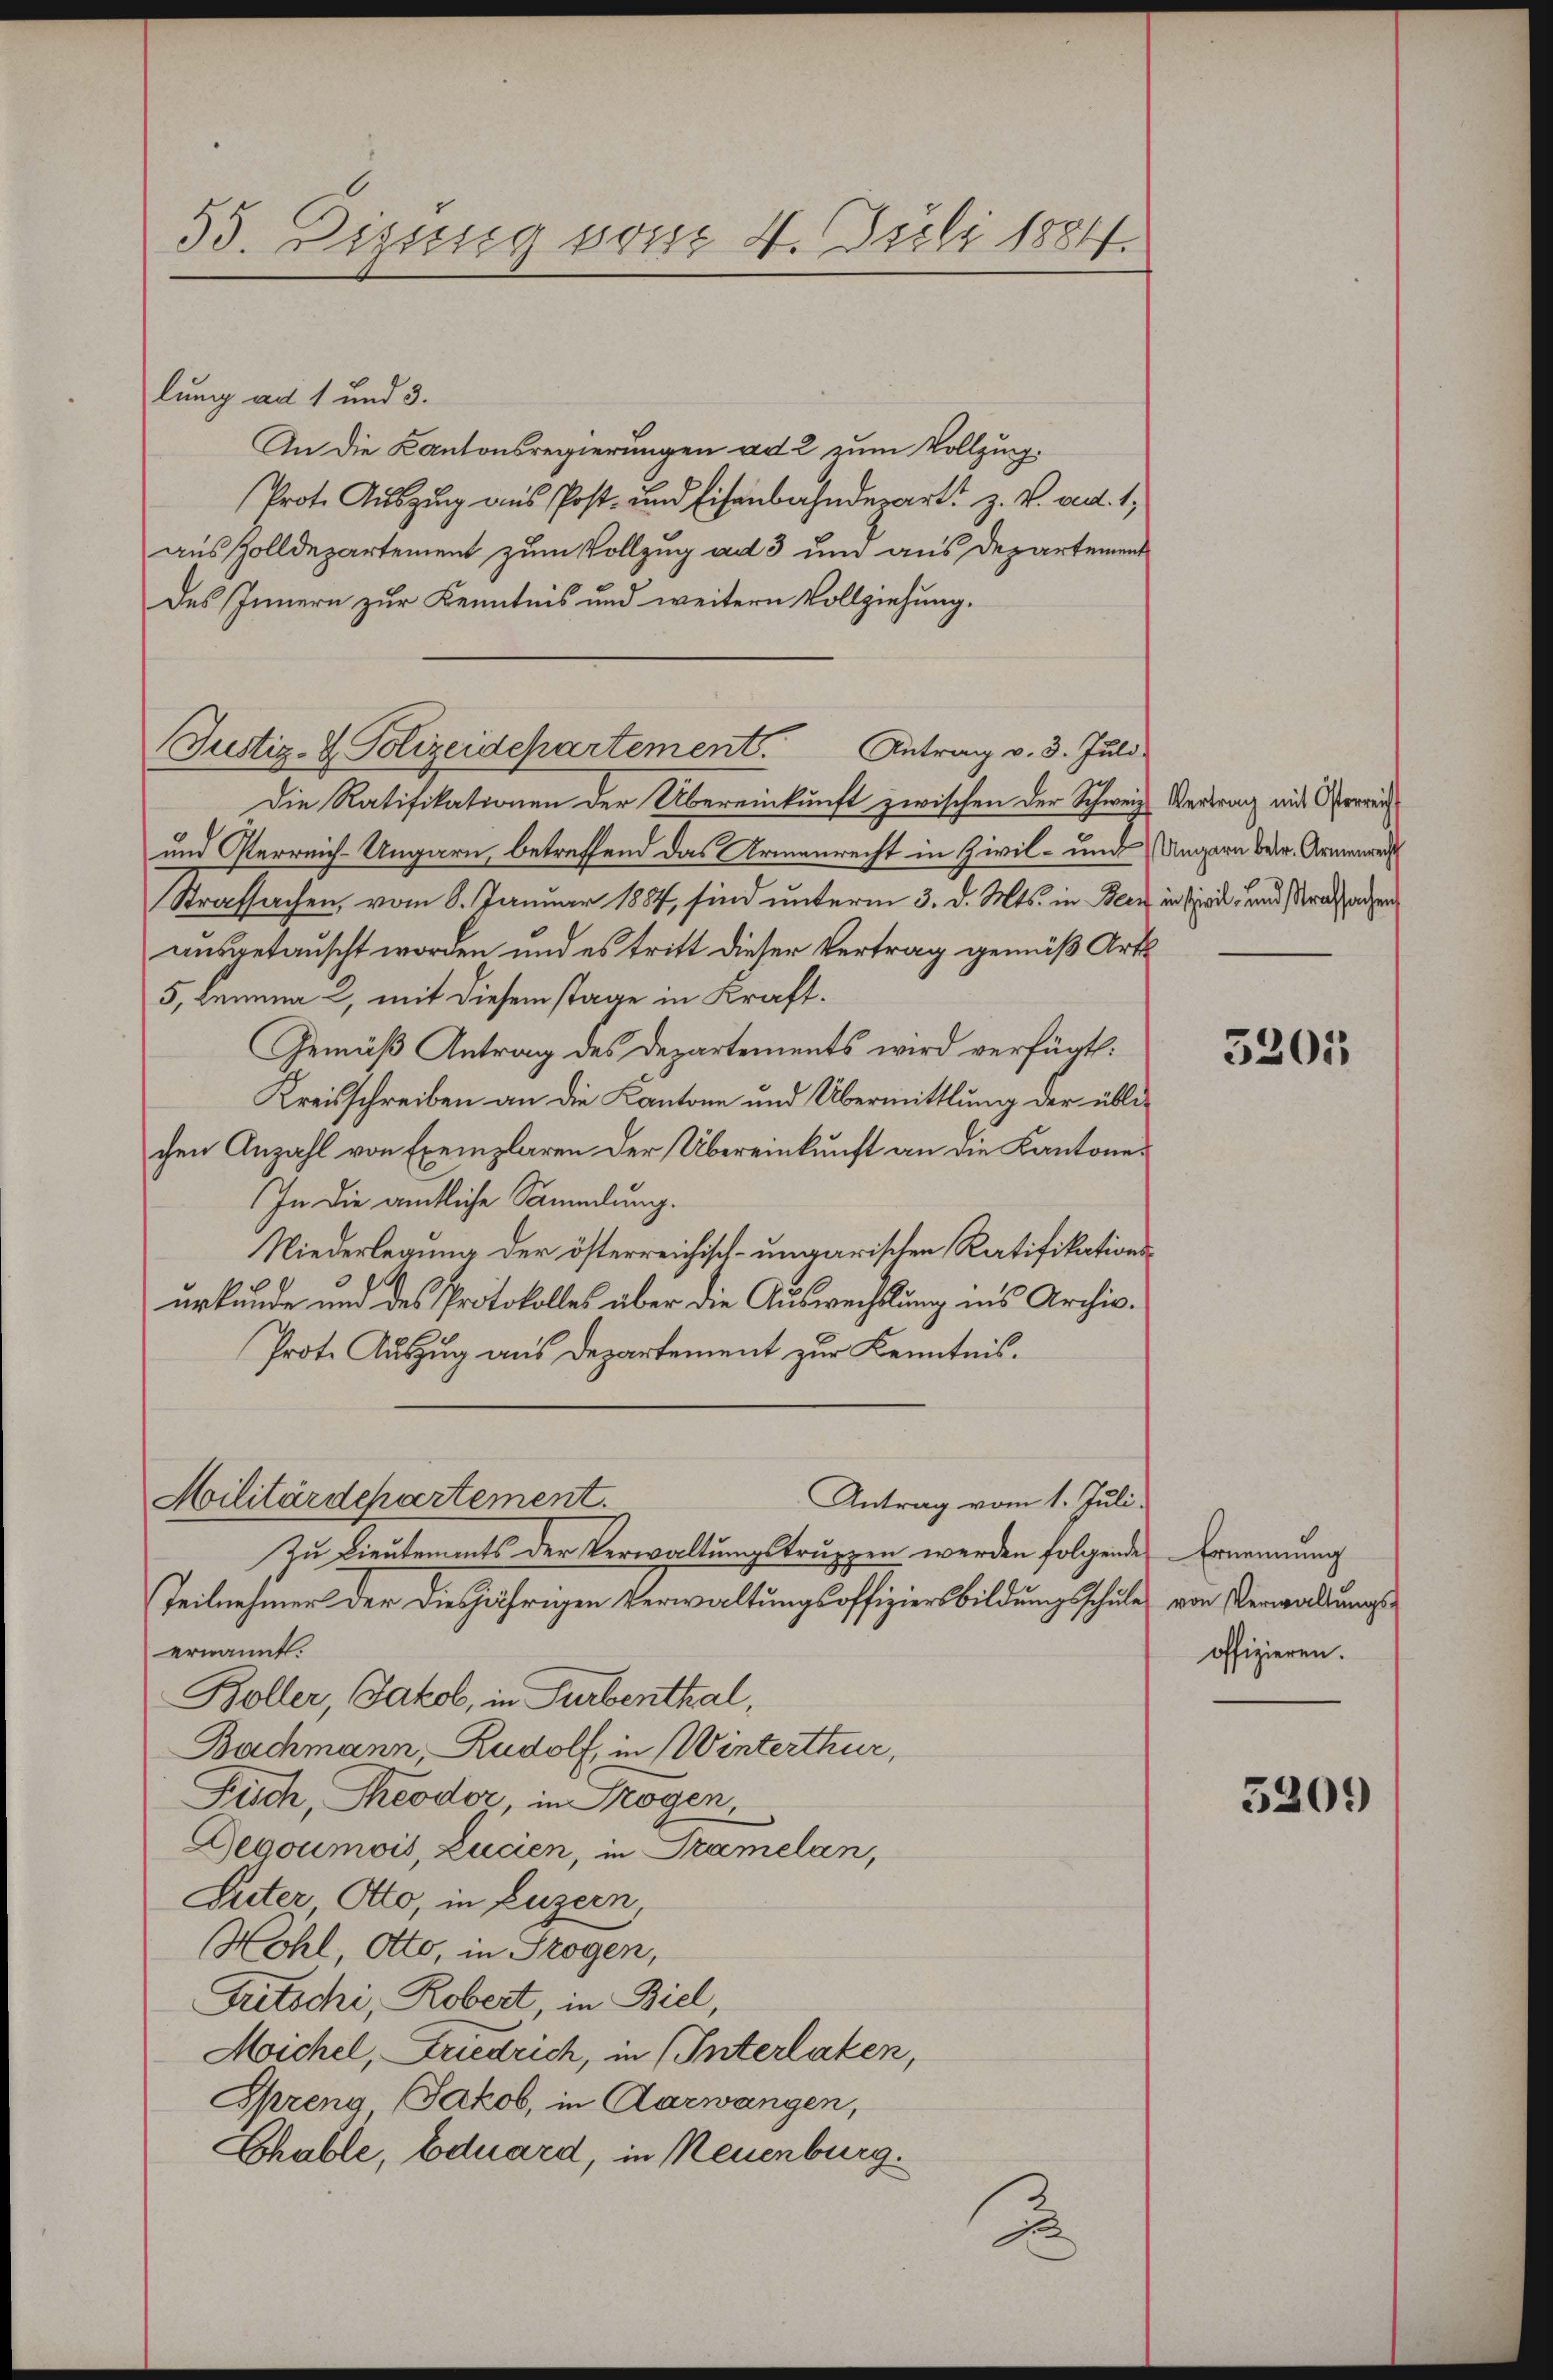
55. Dissig von 4. Juli 1884.

lung ad 1 und 3.
An die Kantonsregierungen ad 2 zum Vollzug.
Prote Auszug aus Post- und Eisenbahndepart z. V. ved. 1,
aus Zolldepartement zum Vollzug ad 3 und aus Departement
des Innern zur Kenntnis und weitern Vollziehung.
Justiz- & Polizeidepartement. Antrag v. 3. Juli
Die Ratifikationen der Übereinkunft zwischen der Schweiz. Vertrag mit Oserreich
und Verreich-Ungarn, betreffend das Armenrecht in Zivil- und Ungarn der Armenweis
Strafsachen, vom 8. Januar 1884, sind unterm 3. d. Mts. in Bern in sind, und strafaden
ausgetauscht worden und es tritt dieser Vertrag gemäß Art
5, Lemma 2, mit diesem stage in Kraft.
Gemäß Antrag des Departements wird verfügt:
Kreisschreiben an die Kantone und Übermittlung der üblichen Anzahl von Exemplaren der Übereinkunft an die Kantone
In die amtliche Sammlung.
Niederlegung der österreichisch-ungarischen Ratifikationsurkunde und des Protokolles aber die Auswechslung ins Archiv¬
Prote Auszug aus Departement zur Kenntnis.
Militärdepartement.
Antrag vom 1. Juli.
Zu Dientements der Verwaltungstruppen werden folgende Ernennung
Teilnehmer der diesjährigen Verwaltungsoffiziersbildungsschule von Verwaltungsernannt.
Boller, Jakob, in Turbenthal,
Bachmann, Rudolf, in Winterthur,
Fisch, Theodor, in Trogen,
Gegoumois, Lucien, in Tramelan,
Suter Otto, in Luzern,
Hohl, Otto, in Szogen,
Tritschi, Robert, in Biel,
Michel, Friedrich, in (Interlaken,
Spreng Jakob, in Aarwangen,
Chable, Eduard, in Neuenburg.

B

5205

offizieren.

520